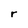
Character: r